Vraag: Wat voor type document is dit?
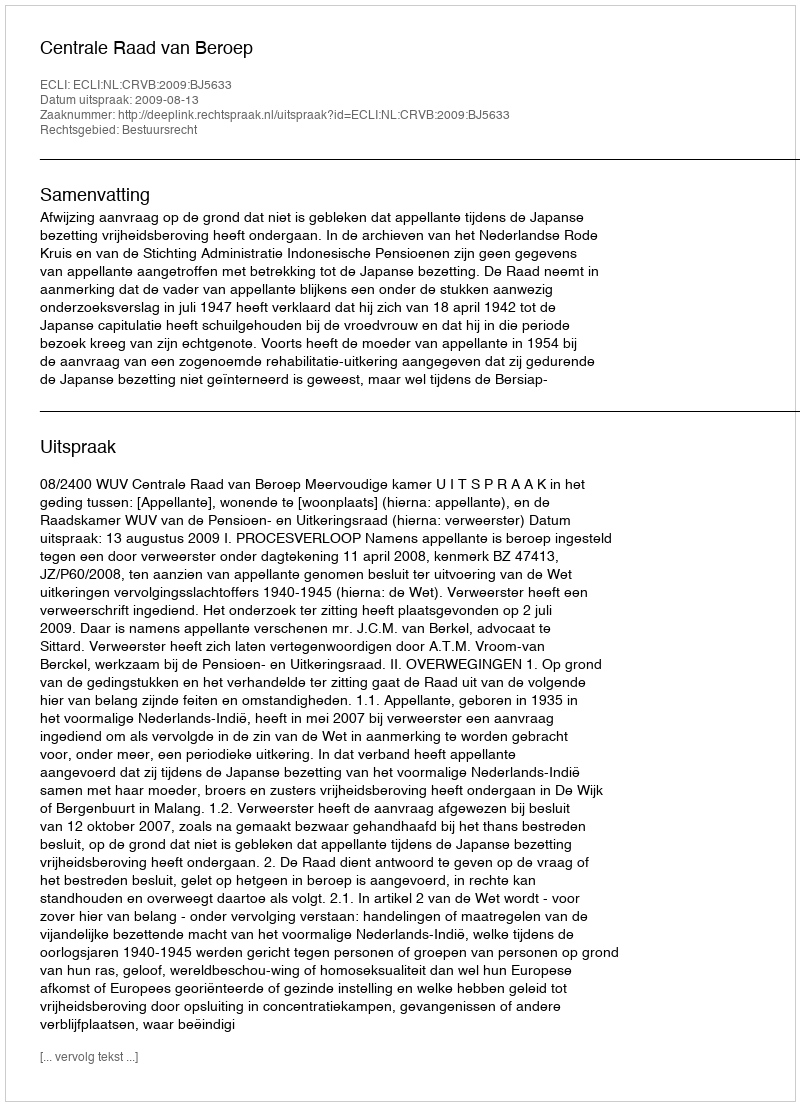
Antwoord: Uitspraak